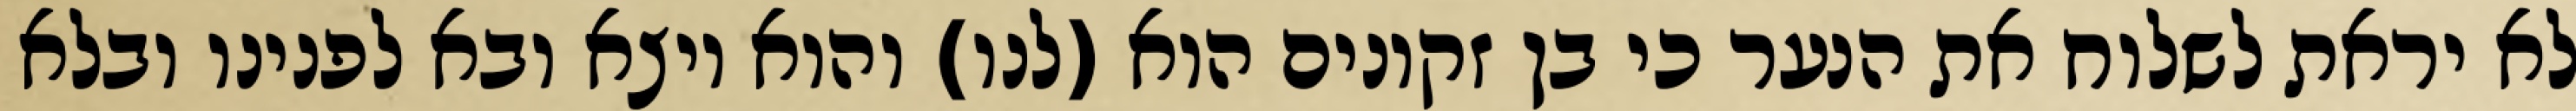
לא יראת לשלוח את הנער כי בן זקונים הוא (לנו) והוא יוצא ובא לפנינו ובלא